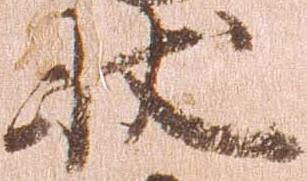
状